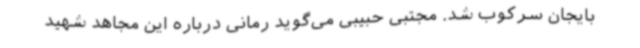
بایجان سرکوب شد. مجتبی حبیبی می‌گوید رمانی درباره این مجاهد شهید